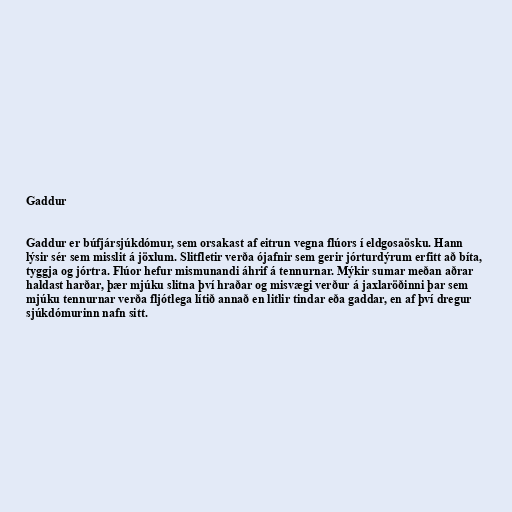
Gaddur

Gaddur er búfjársjúkdómur, sem orsakast af eitrun vegna flúors í eldgosaösku. Hann
lýsir sér sem misslit á jöxlum. Slitfletir verða ójafnir sem gerir jórturdýrum erfitt að bíta,
tyggja og jórtra. Flúor hefur mismunandi áhrif á tennurnar. Mýkir sumar meðan aðrar
haldast harðar, þær mjúku slitna því hraðar og misvægi verður á jaxlaröðinni þar sem
mjúku tennurnar verða fljótlega lítið annað en litlir tindar eða gaddar, en af því dregur
sjúkdómurinn nafn sitt.